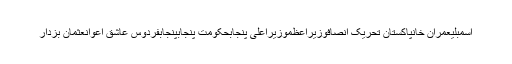
اسمبلیعمران خانپاکستان تحریک انصافوزیراعظموزیراعلیٰ پنجابحکومت پنجابپنجابفردوس عاشق اعوانعثمان بزدار